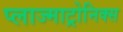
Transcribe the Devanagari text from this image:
प्लाज्माट्रोनिक्स